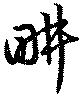
畊